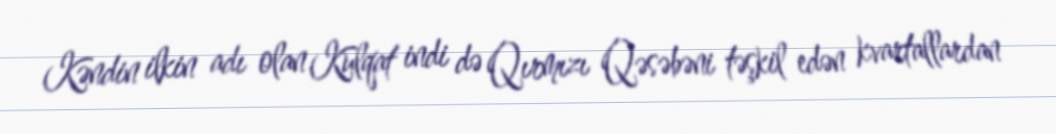
Kəndin ilkin adı olan Kulqat indi də Qırmızı Qəsəbəni təşkil edən kvartallardan